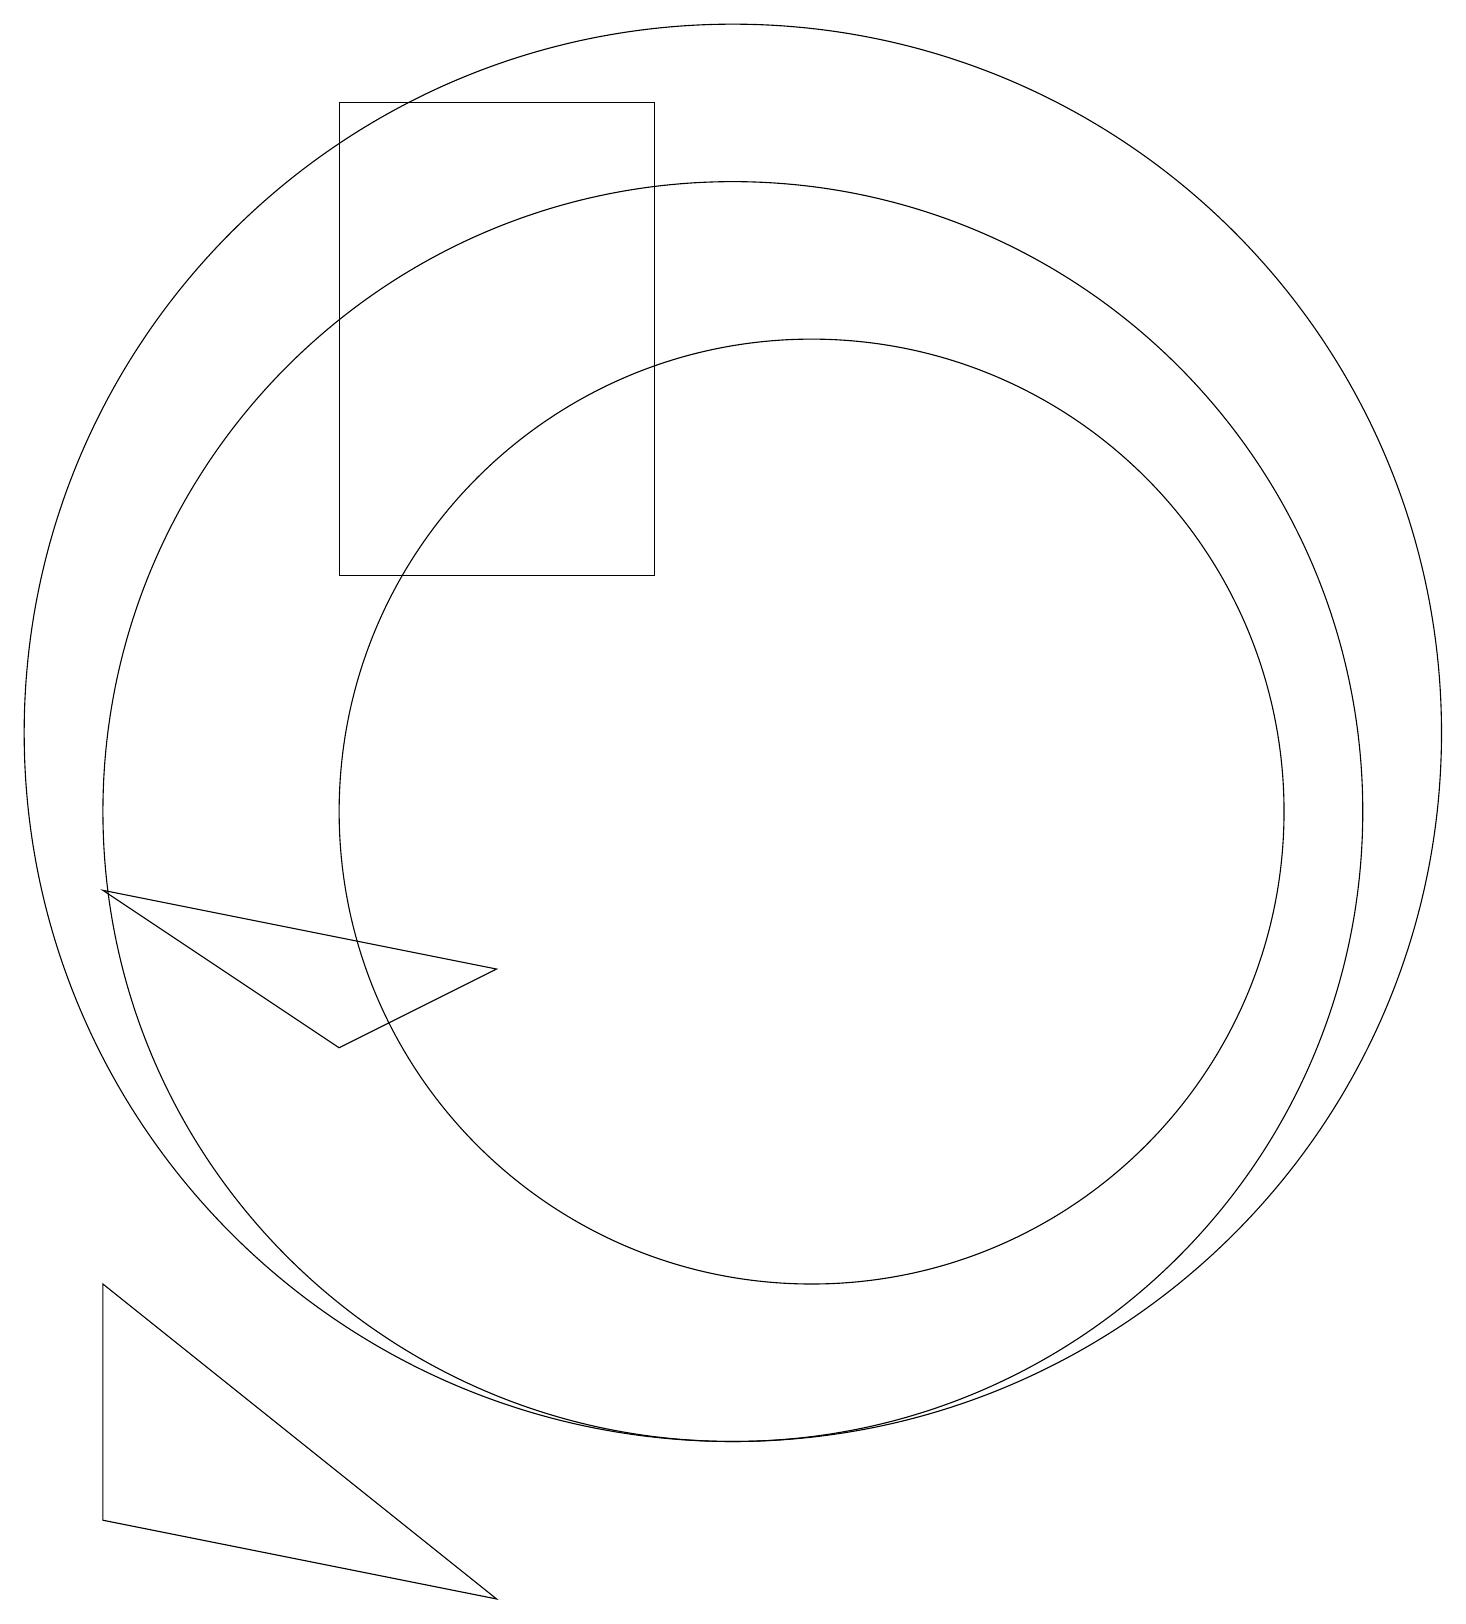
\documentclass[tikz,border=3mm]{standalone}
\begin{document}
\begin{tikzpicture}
\draw (5,7) -- (7,8) -- (2,9) -- cycle;
\draw (9,19) rectangle (5,13);
\draw (10,10) circle (8);
\draw (10,11) circle (9);
\draw (11,10) circle (6);
\draw (12,12) circle (0);
\draw (2,1) -- (7,0) -- (2,4) -- cycle;
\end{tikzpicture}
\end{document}